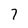
Character: 7